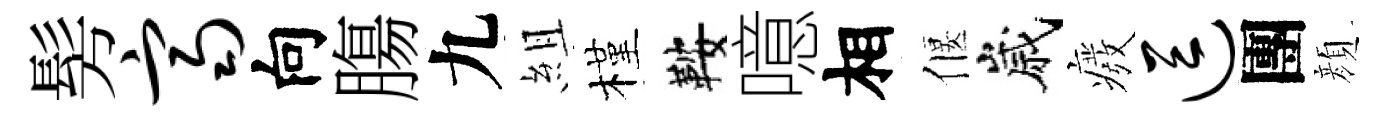
髣齐向膓九組槿鞍噫相偃嵗癈逗團顔